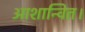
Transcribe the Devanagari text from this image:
आशान्वित।